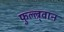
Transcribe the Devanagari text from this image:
फुल्ल्र्वान